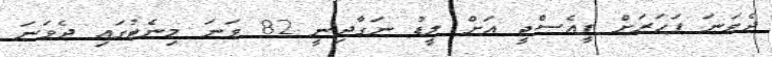
ދެވަނަ ފަހަރަށް ޕީއެސްޖީ އަށް ލީޑު ނަގާދިނީ 82 ވަނަ މިނެޓުގައި ދެވަނަ